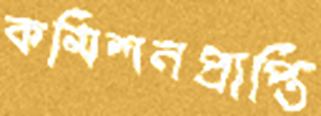
কমিশনপ্রাপ্তি